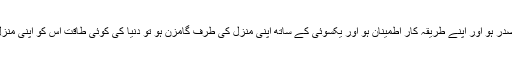
انسان کو اپنے کام پر شرح صدر ہو اور اپنے طریقۂ کار اطمینان ہو اور یکسوئی کے ساتھ اپنی منزل کی طرف گامزن ہو تو دنیا کی کوئی طاقت اس کو اپنی منزل سے دور نہیں رکھ سکتی ۔